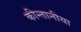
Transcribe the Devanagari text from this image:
कीन्तानीया